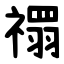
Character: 禤